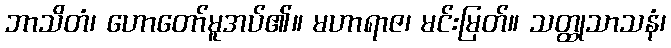
ဘာသိတံ၊ ဟောတော်မူအပ်၏။ မဟာရာဇ၊ မင်းမြတ်။ သတ္ထုသာသနံ၊